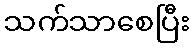
သက်သာစေပြီး